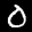
Label: 0